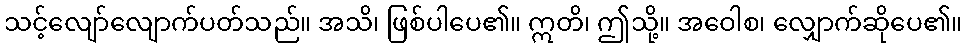
သင့်လျော်လျောက်ပတ်သည်။ အသိ၊ ဖြစ်ပါပေ၏။ ဣတိ၊ ဤသို့။ အဝေါစ၊ လျှောက်ဆိုပေ၏။